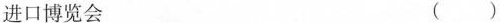
进口博览会 ()